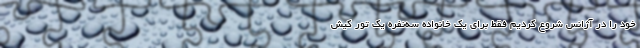
خود را در آژانس شروع کردیم فقط برای یک خانواده سه‌نفره یک تور کیش